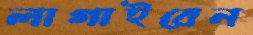
লাগাইবেন